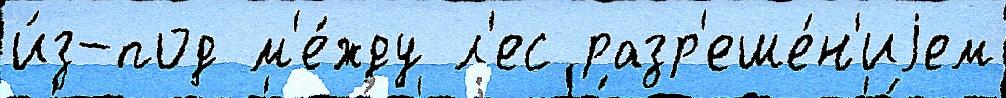
и́з-под м'е́жду л'ес разр'еше́н'иjем